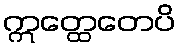
ဣတ္ထေတေပိ